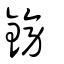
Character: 鎊